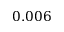
0 . 0 0 6